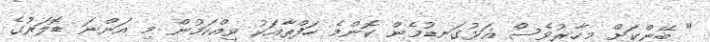
" ބޭންކަަށް މިހާރުވެސް އަޅުގަނޑުމެން ކޮންމެ ހަފްތާއަކު ވިއްކަމުން މި އަންނަ ޑޮލަރުގެ